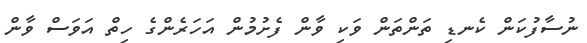
ނުސާފުކަން ކެނޑި ތަންތަން ވަކި ވާން ފެށުމުން އަހަރެންގެ ހިތް އަވަސް ވާން